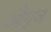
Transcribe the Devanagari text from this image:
औगुज